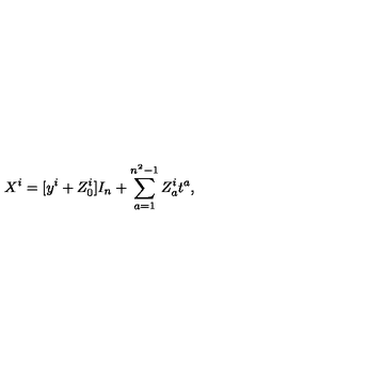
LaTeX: X ^ { i } = [ y ^ { i } + Z _ { 0 } ^ { i } ] I _ { n } + \sum _ { a = 1 } ^ { n ^ { 2 } - 1 } Z _ { a } ^ { i } t ^ { a } ,